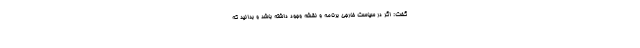
گفت: اگر در سیاست خارجی برنامه و نقشه وجود داشته باشد و بدانید که